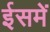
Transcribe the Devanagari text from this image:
ईसमें